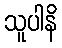
သူပါနိ